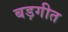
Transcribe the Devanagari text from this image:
बड़गीत